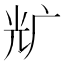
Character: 𰏵